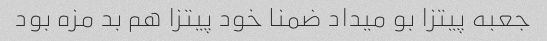
جعبه پیتزا بو میداد ضمنا خود پیتزا هم بد مزه بود